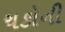
ચકોની